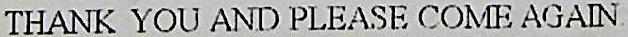
THANK YOU AND PLEASE COME AGAIN